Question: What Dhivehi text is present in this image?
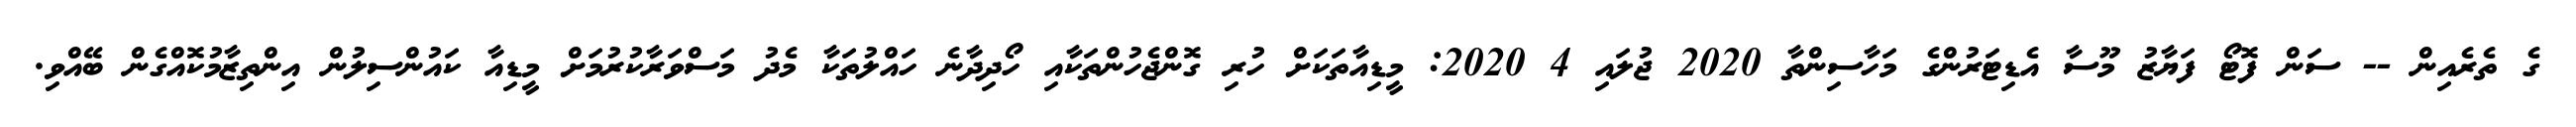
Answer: ގެ ތެރެއިން -- ސަން ފޮޓޯ ފަޔާޒު މޫސާ އެޑިޓަރުންގެ މަހާސިންތާ 2020 ޖުލައި 4 2020: މީޑިއާތަކަށް ހުރި ގޮންޖެހުންތަކާއި ހޯދިދާނެ ހައްލުތަކާ މެދު މަސްވަރާކުރުމަށް މީޑިއާ ކައުންސިލުން އިންތިޒާމުކޮއްގެން ބޭއްވި.